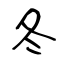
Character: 冬